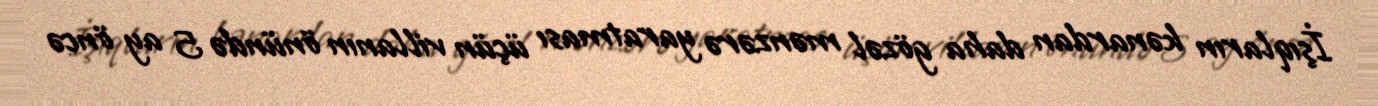
İşıqların kənardan daha gözəl mənzərə yaratması üçün villanın önündə 5 ay öncə